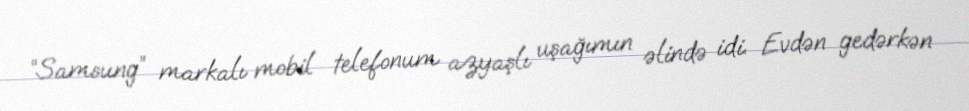
“Samsung” markalı mobil telefonum azyaşlı uşağımın əlində idi. Evdən gedərkən